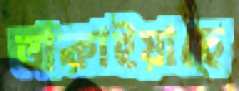
তাকাইয়াছে